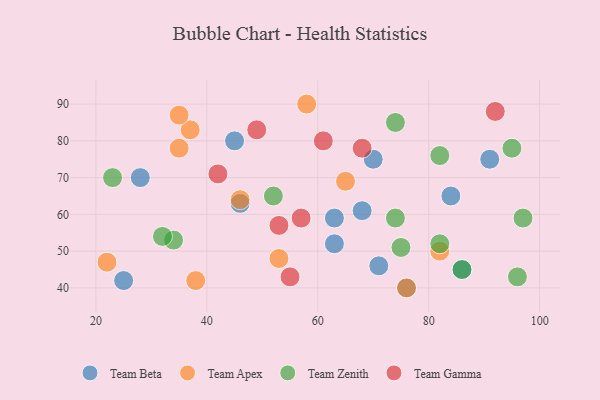
{"axis": {"x": "GDP", "y": "Life Expectancy"}, "legend": ["Team Apex", "Team Beta", "Team Gamma", "Team Zenith"], "data": [{"x": "71", "y": 46, "type": "Team Beta"}, {"x": "68", "y": 61, "type": "Team Beta"}, {"x": "91", "y": 75, "type": "Team Beta"}, {"x": "28", "y": 70, "type": "Team Beta"}, {"x": "25", "y": 42, "type": "Team Beta"}, {"x": "63", "y": 59, "type": "Team Beta"}, {"x": "45", "y": 80, "type": "Team Beta"}, {"x": "76", "y": 40, "type": "Team Beta"}, {"x": "70", "y": 75, "type": "Team Beta"}, {"x": "84", "y": 65, "type": "Team Beta"}, {"x": "63", "y": 52, "type": "Team Beta"}, {"x": "86", "y": 45, "type": "Team Beta"}, {"x": "46", "y": 63, "type": "Team Beta"}, {"x": "58", "y": 90, "type": "Team Apex"}, {"x": "76", "y": 40, "type": "Team Apex"}, {"x": "35", "y": 78, "type": "Team Apex"}, {"x": "65", "y": 69, "type": "Team Apex"}, {"x": "22", "y": 47, "type": "Team Apex"}, {"x": "53", "y": 48, "type": "Team Apex"}, {"x": "38", "y": 42, "type": "Team Apex"}, {"x": "82", "y": 50, "type": "Team Apex"}, {"x": "37", "y": 83, "type": "Team Apex"}, {"x": "35", "y": 87, "type": "Team Apex"}, {"x": "46", "y": 64, "type": "Team Apex"}, {"x": "95", "y": 78, "type": "Team Zenith"}, {"x": "52", "y": 65, "type": "Team Zenith"}, {"x": "82", "y": 76, "type": "Team Zenith"}, {"x": "74", "y": 59, "type": "Team Zenith"}, {"x": "34", "y": 53, "type": "Team Zenith"}, {"x": "74", "y": 85, "type": "Team Zenith"}, {"x": "32", "y": 54, "type": "Team Zenith"}, {"x": "82", "y": 52, "type": "Team Zenith"}, {"x": "96", "y": 43, "type": "Team Zenith"}, {"x": "75", "y": 51, "type": "Team Zenith"}, {"x": "97", "y": 59, "type": "Team Zenith"}, {"x": "23", "y": 70, "type": "Team Zenith"}, {"x": "86", "y": 45, "type": "Team Zenith"}, {"x": "55", "y": 43, "type": "Team Gamma"}, {"x": "49", "y": 83, "type": "Team Gamma"}, {"x": "42", "y": 71, "type": "Team Gamma"}, {"x": "53", "y": 57, "type": "Team Gamma"}, {"x": "61", "y": 80, "type": "Team Gamma"}, {"x": "92", "y": 88, "type": "Team Gamma"}, {"x": "57", "y": 59, "type": "Team Gamma"}, {"x": "68", "y": 78, "type": "Team Gamma"}]}